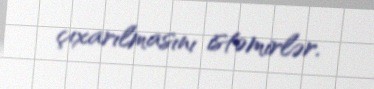
çıxarılmasını istəmirlər.